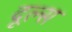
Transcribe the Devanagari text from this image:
दूल्स